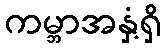
ကမ္ဘာအနှံ့ရှိ